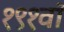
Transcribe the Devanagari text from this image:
१९१वॉ